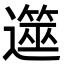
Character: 遾